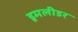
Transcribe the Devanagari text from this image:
ड्रमलीडर